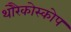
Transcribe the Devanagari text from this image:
थोरैकोस्कोप